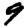
Digit: 9